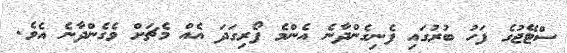
ސްޓޭޖުގެ ފަހު ބުރުގައި ފެނިގެންދާނެ އެންމެ ފޯރިގަދަ އެއް މެޗަށް ވެގެންދާނެ އެވެ.